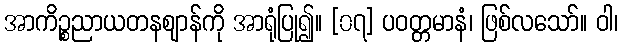
အာကိဉ္စညာယတနဈာန်ကို အာရုံပြု၍။ [၀၇] ပဝတ္တမာနံ၊ ဖြစ်လသော်။ ဝါ၊